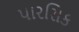
પારસિક